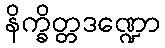
နိက္ခိတ္တဒဏ္ဍော